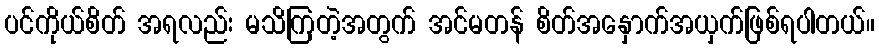
ပင်ကိုယ်စိတ် အရလည်း မသိကြတဲ့အတွက် အင်မတန် စိတ်အနှောက်အယှက်ဖြစ်ရပါတယ်။